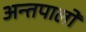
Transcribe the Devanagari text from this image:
अन्तपालों